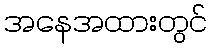
အနေအထားတွင်